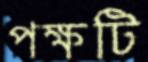
পক্ষটি